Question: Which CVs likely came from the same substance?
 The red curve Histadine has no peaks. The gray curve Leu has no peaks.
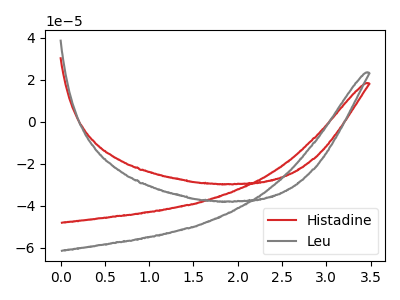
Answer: <think>Neither "Histadine" or "Leu" have any peaks.
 </think>
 <answer>"Leu" and "Histadine" have the same shape and are likely CV's of the same chemical.</answer>
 <eval>"Leu" "Histadine"</eval>